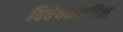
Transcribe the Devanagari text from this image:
विधेयककरिता